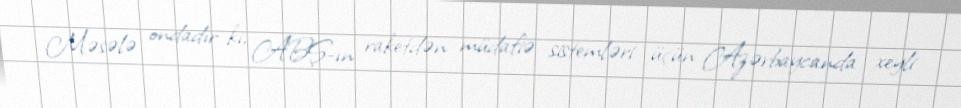
Məsələ ondadır ki, ABŞ-ın raketdən müdafiə sistemləri üçün Azərbaycanda xeyli